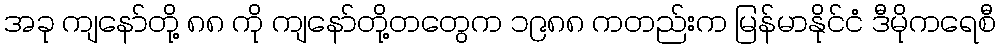
အခု ကျနော်တို့ ၈၈ ကို ကျနော်တို့တတွေက ၁၉၈၈ ကတည်းက မြန်မာနိုင်ငံ ဒီမိုကရေစီ